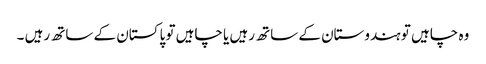
وہ چاہیں تو ہندوستان کے ساتھ رہیں یا چاہیں تو پاکستان کے ساتھ رہیں ۔